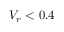
V _ { r } < 0 . 4